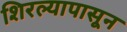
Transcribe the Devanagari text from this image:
शिरल्यापासून